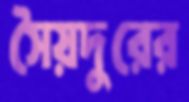
সৈয়দুরের